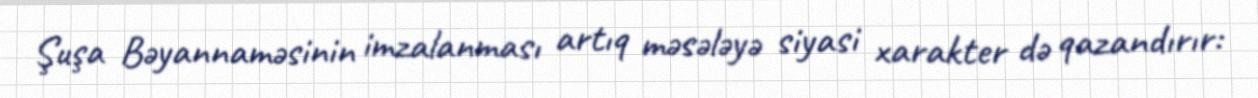
Şuşa Bəyannaməsinin imzalanması artıq məsələyə siyasi xarakter də qazandırır: